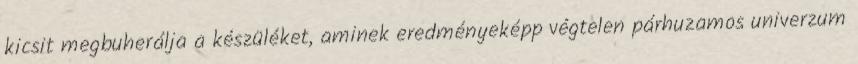
kicsit megbuherálja a készüléket, aminek eredményeképp végtelen párhuzamos univerzum